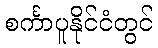
စင်္ကာပူနိုင်ငံတွင်